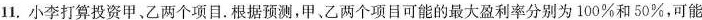
11.小李打算投资甲、乙两个项目。根据预测，甲、乙两个项目可能的最大盈利率分别为100%和50%，可能